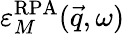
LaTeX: \varepsilon_{M}^{\mathrm{RPA}}(\vec{q},\omega)